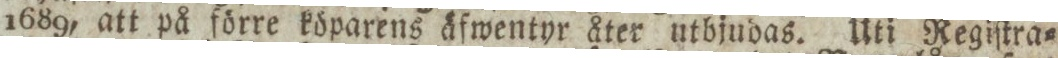
1689, att på förre köparens äfwentyr åter utbjudas. Uti Regiſtra=